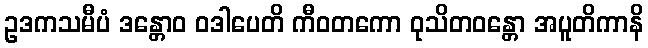
ဥဒကသမီပံ ဒန္တောဝ ဝဒါပေတိ ကီဝတကော ဝုသိတဝန္တော အပူတိကာနိ